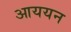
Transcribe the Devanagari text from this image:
आययन